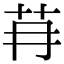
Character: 䒣